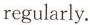
regularly.